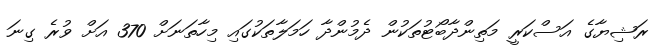
ރަޝިޔާގެ އަސްކަރީ މަތިންދާބޯޓުތަކުން ދެމުންދާ ހަމަލާތަކުގައި މިހާތަނަށް 370 އަށް ވުރެ ގިނަ